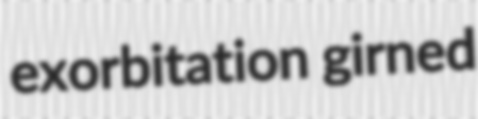
exorbitation girned